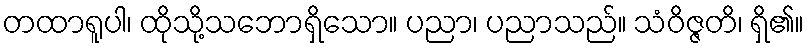
တထာရူပါ၊ ထိုသို့သဘောရှိသော။ ပညာ၊ ပညာသည်။ သံဝိဇ္ဇတိ၊ ရှိ၏။